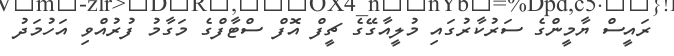
ރައީސް ޔާމީންގެ ސަރުކާރުގައި މުލީއާގޭގެ ޗީފް އޮފް ސްޓާފްގެ މަގާމު ފުރުއްވި އަހުމަދު